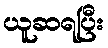
ယူဆရပြီး